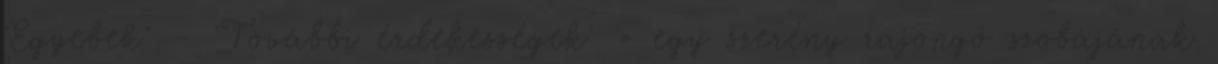
'Egyebek' - 'További érdekességek' » egy szerény rajongó szobájának